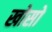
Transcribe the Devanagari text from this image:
खोसो